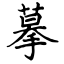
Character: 摹